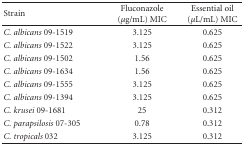
| Strain | Fluconazole (μg/mL) MIC | Essential oil (μL/mL) MIC |
 | --- | --- | --- |
 | C. albicans 09-1519 | 3.125 | 0.625 |
 | C. albicans 09-1522 | 3.125 | 0.625 |
 | C. albicans 09-1502 | 1.56 | 0.625 |
 | C. albicans 09-1634 | 1.56 | 0.625 |
 | C. albicans 09-1555 | 3.125 | 0.625 |
 | C. albicans 09-1394 | 3.125 | 0.625 |
 | C. krusei 09-1681 | 25 | 0.312 |
 | C. parapsilosis 07-305 | 0.78 | 0.312 |
 | C. tropicals 032 | 3.125 | 0.312 |